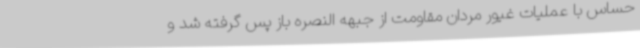
حساس با عملیات غیور مردان مقاومت از جبهه النصره باز پس گرفته شد و